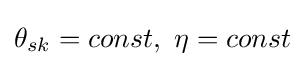
{{\theta }_{sk}}=const,\ \eta =const